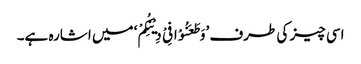
اسی چیز کی طرف ’وَطَعَنُوْا فِیْ دِیْنِکُمْ‘ میں اشارہ ہے۔